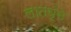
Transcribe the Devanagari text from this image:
लातघूंसे